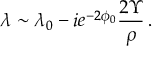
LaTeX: \lambda \sim \lambda _ { 0 } - i e ^ { - 2 \phi _ { 0 } } \frac { 2 \Upsilon } { \rho } \, .